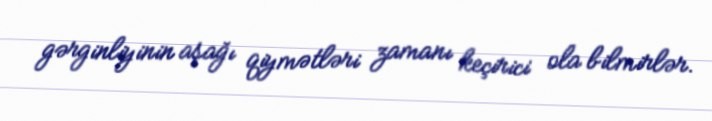
gərginliyinin aşağı qiymətləri zamanı keçirici ola bilmirlər.